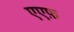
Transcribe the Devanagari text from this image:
एएफ़